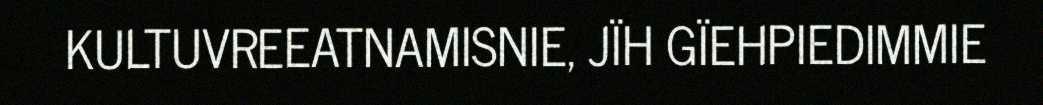
KULTUVREEATNAMISNIE, JÏH GÏEHPIEDIMMIE